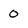
Character: 0